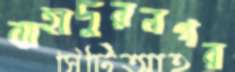
বাহাদুরনগর